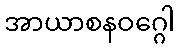
အာယာစနဝဂ္ဂေါ